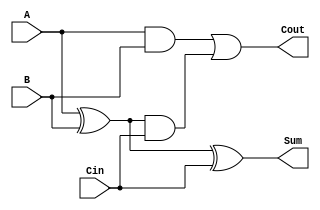
module CarryLookaheadFullAdder (
    input wire A,       // First input bit
    input wire B,       // Second input bit
    input wire Cin,     // Carry-in bit
    output wire Sum,    // Sum output bit
    output wire Cout    // Carry-out bit
);

    // Internal signals for Propagate and Generate
    wire P;            // Propagate
    wire G;            // Generate
    wire C1;           // Intermediate carry

    // Calculate Propagate and Generate
    assign P = A ^ B;  // P = A XOR B
    assign G = A & B;  // G = A AND B

    // Calculate Carry-out (Cout) using lookahead logic
    assign C1 = G | (P & Cin);  // C1 = G + (P AND Cin)
    assign Cout = C1;            // Final Carry-out is C1

    // Calculate Sum
    assign Sum = P ^ Cin;        // Sum = P XOR Cin

endmodule